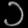
Digit: ၁